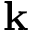
{ \bf k }